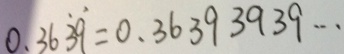
0 . 3 6 \dot { 3 } \dot { 9 } = 0 . 3 6 3 9 3 9 3 9 \cdots